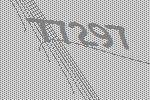
77297